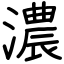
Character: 濃